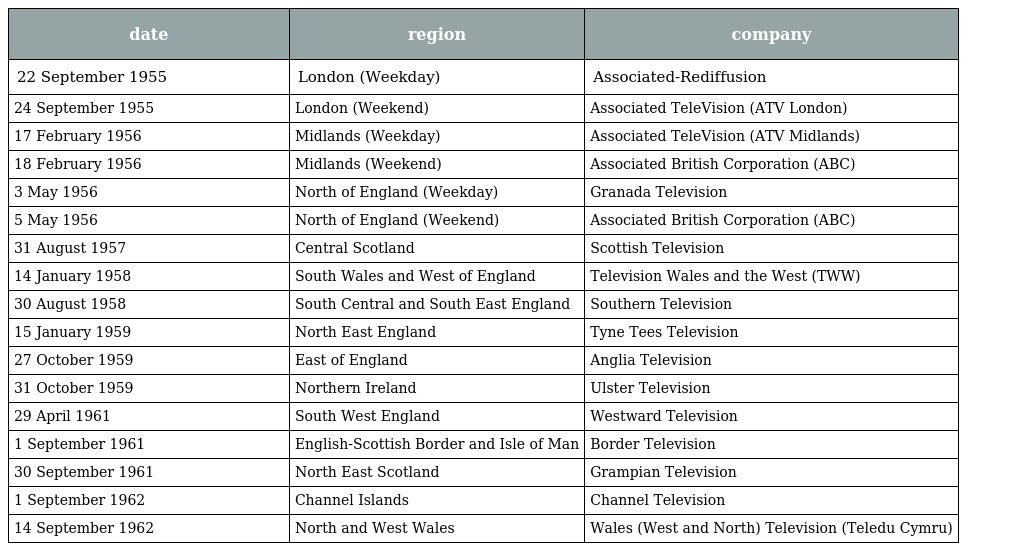
| date | region | company |
 | --- | --- | --- |
 | 22 September 1955 | London (Weekday) | Associated-Rediffusion |
 | 24 September 1955 | London (Weekend) | Associated TeleVision (ATV London) |
 | 17 February 1956 | Midlands (Weekday) | Associated TeleVision (ATV Midlands) |
 | 18 February 1956 | Midlands (Weekend) | Associated British Corporation (ABC) |
 | 3 May 1956 | North of England (Weekday) | Granada Television |
 | 5 May 1956 | North of England (Weekend) | Associated British Corporation (ABC) |
 | 31 August 1957 | Central Scotland | Scottish Television |
 | 14 January 1958 | South Wales and West of England | Television Wales and the West (TWW) |
 | 30 August 1958 | South Central and South East England | Southern Television |
 | 15 January 1959 | North East England | Tyne Tees Television |
 | 27 October 1959 | East of England | Anglia Television |
 | 31 October 1959 | Northern Ireland | Ulster Television |
 | 29 April 1961 | South West England | Westward Television |
 | 1 September 1961 | English-Scottish Border and Isle of Man | Border Television |
 | 30 September 1961 | North East Scotland | Grampian Television |
 | 1 September 1962 | Channel Islands | Channel Television |
 | 14 September 1962 | North and West Wales | Wales (West and North) Television (Teledu Cymru) |